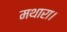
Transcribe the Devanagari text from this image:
मथारा।